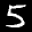
Label: 5